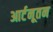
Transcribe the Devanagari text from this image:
आर्टनूतन